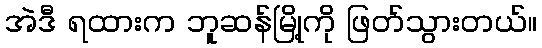
အဲဒီ ရထားက ဘူဆန်မြို့ကို ဖြတ်သွားတယ်။